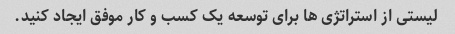
لیستی از استراتژی ها برای توسعه یک کسب و کار موفق ایجاد کنید.